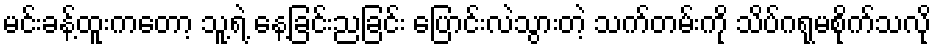
မင်းခန့်ထူးကတော့ သူ့ရဲ့ နေ့ခြင်းညခြင်း ပြောင်းလဲသွားတဲ့ သက်တမ်းကို သိပ်ဂရုမစိုက်သလို